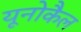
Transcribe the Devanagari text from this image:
यूनोकैल